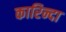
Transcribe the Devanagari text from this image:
कारिन्दा